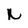
Character: k